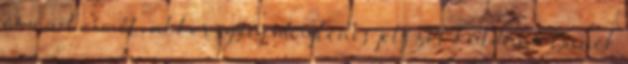
e-mail címét, akkor egy új ideiglenes jelszót küldünk Önnek